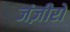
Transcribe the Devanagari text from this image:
जंज़ीरो